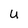
Character: U